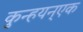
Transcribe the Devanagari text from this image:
कुन्हयन्एक